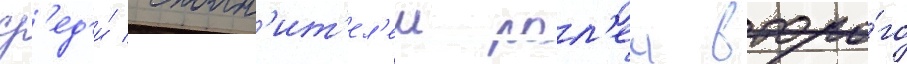
ср'ед'и́ исполн'ит'ел'еи рол'еи второ́го